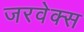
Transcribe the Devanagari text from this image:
जरवेक्स